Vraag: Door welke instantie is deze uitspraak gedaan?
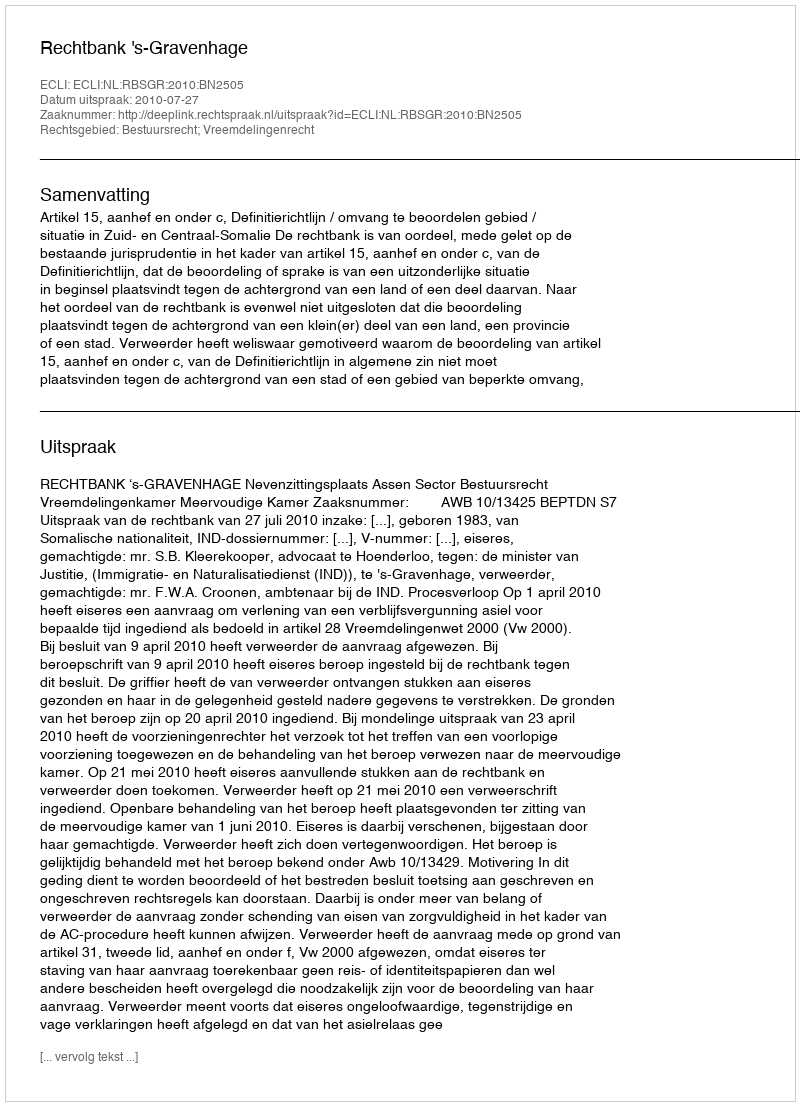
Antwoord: Rechtbank 's-Gravenhage